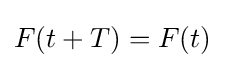
F(t+T)=F(t)